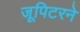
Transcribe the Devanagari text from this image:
जूपिटरने